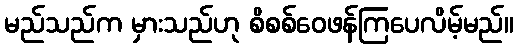
မည်သည်က မှားသည်ဟု စိစစ်ဝေဖန်ကြပေလိမ့်မည်။